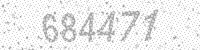
Solution: 684471